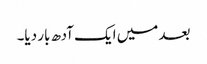
بعد میں ایک آدھ بار دیا۔